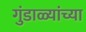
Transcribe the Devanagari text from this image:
गुंडाळ्यांच्या